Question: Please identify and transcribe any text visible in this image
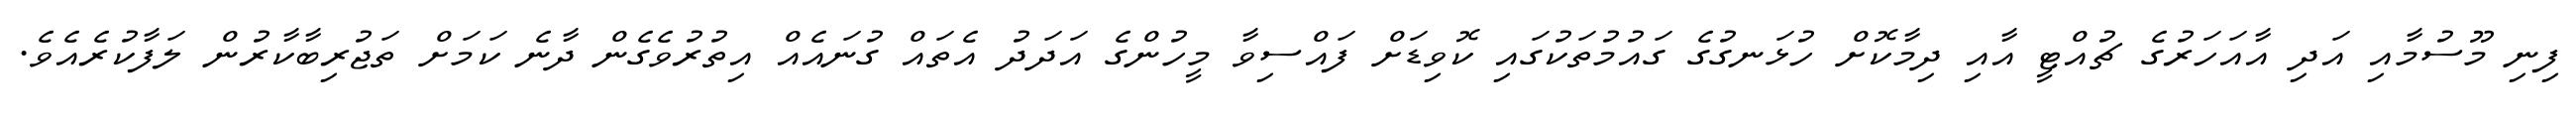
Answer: ފިނި މޫސުމާއި އަދި އާއަހަރުގެ ޗުއްޓީ އާއި ދިމާކޮށް ހުޅަނގުގެ ގައުމުތަކުގައި ކޮވިޑަށް ފައްސިވާ މީހުންގެ އަދަދު އެތައް ގުނައެއް އިތުރުވެގެން ދާނެ ކަމަށް ތަޖުރިބާކާރުން ލަފާކުރެއެވެ.